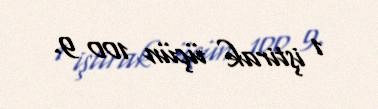
1 iştirak üçün 100 9.